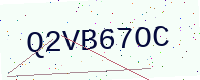
Text: Q2VB67OC